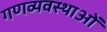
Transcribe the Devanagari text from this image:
गणव्यवस्थाओं